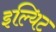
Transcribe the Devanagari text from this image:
इल्यिट